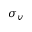
\sigma _ { v }